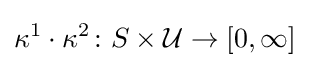
\kappa ^{1}\cdot \kappa ^{2}\colon S\times {\mathcal {U}}\to [0,\infty ]